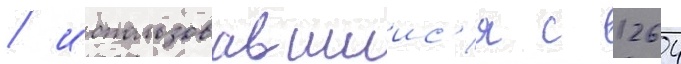
/ использовавшиис'я с 1264